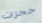
حجرات